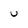
Character: U